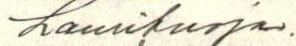
Lauri Suoja